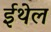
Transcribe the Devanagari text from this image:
ईथेल